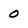
Character: 0